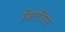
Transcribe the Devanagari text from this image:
बिएत्रिस